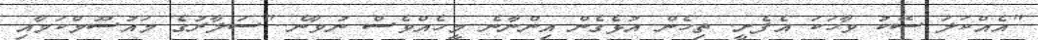
"އެއްކަލަ ސޭކު ވާހަކަ އެފެށީ. ތިހެން އުޅެގެން އިންނާނެ މީހެއްވެސް ނުވާނެ.."ސަލާރުގެ މައުސޫމްކަމާއި